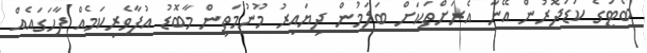
ބޯޓުގެ ކުޑަދޮރުން އޭނާ އެރަށްތަކަށް ބަލަމުން ދިޔައިރު މޫނުމަތިން މާބޮޑު އުފާވެރިކަމެއް ފާހަގައެއް